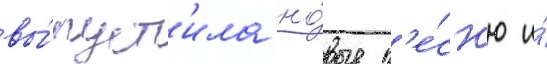
вы́пуст'ила но́вые п'е́сн'ю и́